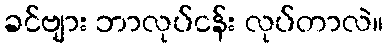
ခင်ဗျား ဘာလုပ်ငန်း လုပ်တာလဲ။